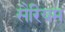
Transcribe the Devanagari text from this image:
सैरियम